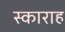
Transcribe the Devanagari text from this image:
स्काराह